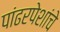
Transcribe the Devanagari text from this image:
पांढरपेशांचे